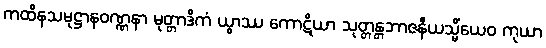
ကထိနသမုဋ္ဌာနဝဏ္ဏနာ မုတ္တာဒိကံ ယွာဿ ကောဋိယာ သုတ္တန္တဘာဇနီယသ္မိံယေဝ ကုယာ